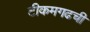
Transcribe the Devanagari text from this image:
टीकमगढची